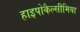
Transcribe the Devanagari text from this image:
हाइपोकैल्सीमिया